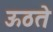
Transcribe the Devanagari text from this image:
ऊठते